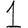
Digit: 1